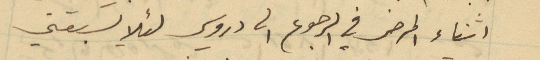
اثناء المرض في الرجوع الى دروسي لئلا يسبقني